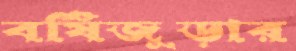
বর্ষিজুড়ার